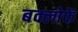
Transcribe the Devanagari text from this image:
बक्लोफें